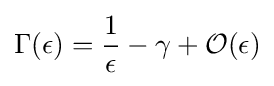
\Gamma (\epsilon )={\frac {1}{\epsilon }}-\gamma +{\mathcal {O}}(\epsilon )